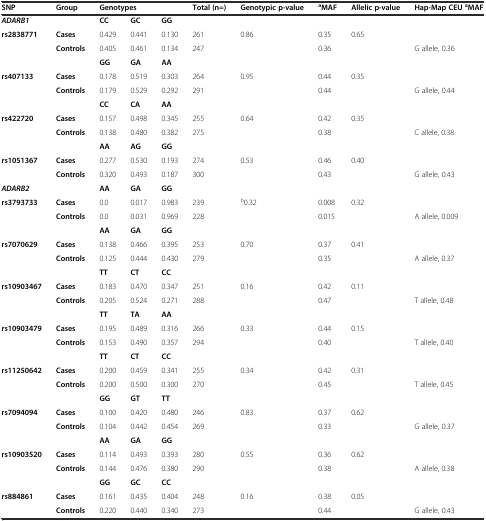
<table><thead><tr><td><b>SNP</b></td><td><b>Group</b></td><td colspan="3"><b>Genotypes</b></td><td><b>Total (n=)</b></td><td><b>Genotypic p-value</b></td><td><b><sup>a</sup>MAF</b></td><td><b>Allelic p-value</b></td><td><b>Hap-Map CEU<sup>a</sup>MAF</b></td></tr></thead><tbody><tr><td><b><i>ADARB1</i></b></td><td></td><td><b>CC</b></td><td><b>GC</b></td><td><b>GG</b></td><td></td><td></td><td></td><td></td><td></td></tr><tr><td><b>rs2838771</b></td><td><b>Cases</b></td><td>0.429</td><td>0.441</td><td>0.130</td><td>261</td><td>0.86</td><td>0.35</td><td>0.65</td><td></td></tr><tr><td></td><td><b>Controls</b></td><td>0.405</td><td>0.461</td><td>0.134</td><td>247</td><td></td><td>0.36</td><td></td><td>G allele, 0.36</td></tr><tr><td></td><td></td><td><b>GG</b></td><td><b>GA</b></td><td><b>AA</b></td><td></td><td></td><td></td><td></td><td></td></tr><tr><td><b>rs407133</b></td><td><b>Cases</b></td><td>0.178</td><td>0.519</td><td>0.303</td><td>264</td><td>0.95</td><td>0.44</td><td>0.35</td><td></td></tr><tr><td></td><td><b>Controls</b></td><td>0.179</td><td>0.529</td><td>0.292</td><td>291</td><td></td><td>0.44</td><td></td><td>G allele, 0.44</td></tr><tr><td></td><td></td><td><b>CC</b></td><td><b>CA</b></td><td><b>AA</b></td><td></td><td></td><td></td><td></td><td></td></tr><tr><td><b>rs422720</b></td><td><b>Cases</b></td><td>0.157</td><td>0.498</td><td>0.345</td><td>255</td><td>0.64</td><td>0.42</td><td>0.35</td><td></td></tr><tr><td></td><td><b>Controls</b></td><td>0.138</td><td>0.480</td><td>0.382</td><td>275</td><td></td><td>0.38</td><td></td><td>C allele, 0.38</td></tr><tr><td></td><td></td><td><b>AA</b></td><td><b>AG</b></td><td><b>GG</b></td><td></td><td></td><td></td><td></td><td></td></tr><tr><td><b>rs1051367</b></td><td><b>Cases</b></td><td>0.277</td><td>0.530</td><td>0.193</td><td>274</td><td>0.53</td><td>0.46</td><td>0.40</td><td></td></tr><tr><td></td><td><b>Controls</b></td><td>0.320</td><td>0.493</td><td>0.187</td><td>300</td><td></td><td>0.43</td><td></td><td>G allele, 0.43</td></tr><tr><td><b><i>ADARB2</i></b></td><td></td><td><b>AA</b></td><td><b>GA</b></td><td><b>GG</b></td><td></td><td></td><td></td><td></td><td></td></tr><tr><td><b>rs3793733</b></td><td><b>Cases</b></td><td>0.0</td><td>0.017</td><td>0.983</td><td>239</td><td><sup>b</sup>0.32</td><td>0.008</td><td>0.32</td><td></td></tr><tr><td></td><td><b>Controls</b></td><td>0.0</td><td>0.031</td><td>0.969</td><td>228</td><td></td><td>0.015</td><td></td><td>A allele, 0.009</td></tr><tr><td></td><td></td><td><b>AA</b></td><td><b>GA</b></td><td><b>GG</b></td><td></td><td></td><td></td><td></td><td></td></tr><tr><td><b>rs7070629</b></td><td><b>Cases</b></td><td>0.138</td><td>0.466</td><td>0.395</td><td>253</td><td>0.70</td><td>0.37</td><td>0.41</td><td></td></tr><tr><td></td><td><b>Controls</b></td><td>0.125</td><td>0.444</td><td>0.430</td><td>279</td><td></td><td>0.35</td><td></td><td>A allele, 0.37</td></tr><tr><td></td><td></td><td><b>TT</b></td><td><b>CT</b></td><td><b>CC</b></td><td></td><td></td><td></td><td></td><td></td></tr><tr><td><b>rs10903467</b></td><td><b>Cases</b></td><td>0.183</td><td>0.470</td><td>0.347</td><td>251</td><td>0.16</td><td>0.42</td><td>0.11</td><td></td></tr><tr><td></td><td><b>Controls</b></td><td>0.205</td><td>0.524</td><td>0.271</td><td>288</td><td></td><td>0.47</td><td></td><td>T allele, 0.48</td></tr><tr><td></td><td></td><td><b>TT</b></td><td><b>TA</b></td><td><b>AA</b></td><td></td><td></td><td></td><td></td><td></td></tr><tr><td><b>rs10903479</b></td><td><b>Cases</b></td><td>0.195</td><td>0.489</td><td>0.316</td><td>266</td><td>0.33</td><td>0.44</td><td>0.15</td><td></td></tr><tr><td></td><td><b>Controls</b></td><td>0.153</td><td>0.490</td><td>0.357</td><td>294</td><td></td><td>0.40</td><td></td><td>T allele, 0.40</td></tr><tr><td></td><td></td><td><b>TT</b></td><td><b>CT</b></td><td><b>CC</b></td><td></td><td></td><td></td><td></td><td></td></tr><tr><td><b>rs11250642</b></td><td><b>Cases</b></td><td>0.200</td><td>0.459</td><td>0.341</td><td>255</td><td>0.34</td><td>0.42</td><td>0.31</td><td></td></tr><tr><td></td><td><b>Controls</b></td><td>0.200</td><td>0.500</td><td>0.300</td><td>270</td><td></td><td>0.45</td><td></td><td>T allele, 0.45</td></tr><tr><td></td><td></td><td><b>GG</b></td><td><b>GT</b></td><td><b>TT</b></td><td></td><td></td><td></td><td></td><td></td></tr><tr><td><b>rs7094094</b></td><td><b>Cases</b></td><td>0.100</td><td>0.420</td><td>0.480</td><td>246</td><td>0.83</td><td>0.37</td><td>0.62</td><td></td></tr><tr><td></td><td><b>Controls</b></td><td>0.104</td><td>0.442</td><td>0.454</td><td>269</td><td></td><td>0.33</td><td></td><td>G allele, 0.37</td></tr><tr><td></td><td></td><td><b>AA</b></td><td><b>GA</b></td><td><b>GG</b></td><td></td><td></td><td></td><td></td><td></td></tr><tr><td><b>rs10903520</b></td><td><b>Cases</b></td><td>0.114</td><td>0.493</td><td>0.393</td><td>280</td><td>0.55</td><td>0.36</td><td>0.62</td><td></td></tr><tr><td></td><td><b>Controls</b></td><td>0.144</td><td>0.476</td><td>0.380</td><td>290</td><td></td><td>0.38</td><td></td><td>A allele, 0.38</td></tr><tr><td></td><td></td><td><b>GG</b></td><td><b>GC</b></td><td><b>CC</b></td><td></td><td></td><td></td><td></td><td></td></tr><tr><td><b>rs884861</b></td><td><b>Cases</b></td><td>0.161</td><td>0.435</td><td>0.404</td><td>248</td><td>0.16</td><td>0.38</td><td>0.05</td><td></td></tr><tr><td></td><td><b>Controls</b></td><td>0.220</td><td>0.440</td><td>0.340</td><td>273</td><td></td><td>0.44</td><td></td><td>G allele, 0.43</td></tr></tbody></table>